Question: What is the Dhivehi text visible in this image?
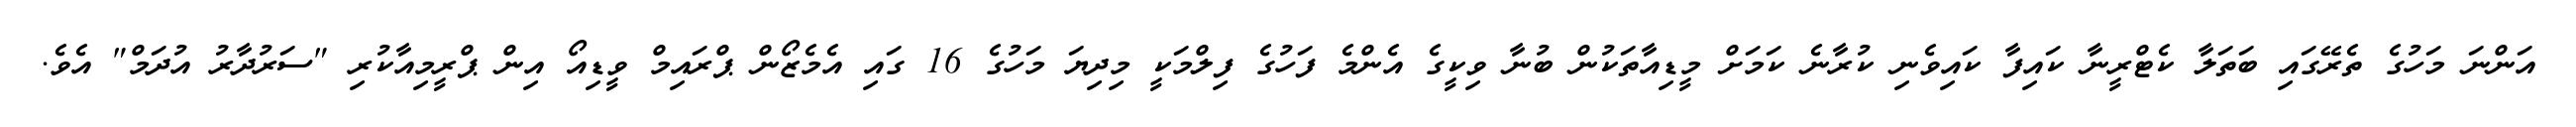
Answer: އަންނަ މަހުގެ ތެރޭގައި ބަތަލާ ކެޓްރީނާ ކައިފާ ކައިވެނި ކުރާނެ ކަމަށް މީޑިއާތަކުން ބުނާ ވިކީގެ އެންމެ ފަހުގެ ފިލްމަކީ މިދިޔަ މަހުގެ 16 ގައި އެމެޒޯން ޕްރައިމް ވީޑިއޯ އިން ޕްރީމިއާކުރި "ސަރުދާރު އުދަމް" އެވެ.